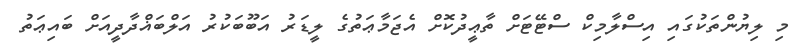
މި ލިޔުންތަކުގައި އިސްލާމިކް ސްޓޭޓަށް ތާޢީދުކޮށް އެޖަމާޢަތުގެ ލީޑަރު އަބޫބަކުރު އަލްބަޣްދާދީއަށް ބައިޢަތު